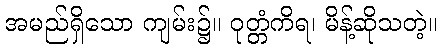
အမည်ရှိသော ကျမ်း၌။ ဝုတ္တံကိရ၊ မိန့်ဆိုသတဲ့။